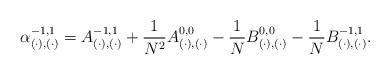
LaTeX: \begin{align*}\alpha_{( \cdot), (\cdot)}^{-1,1} = A_{( \cdot), (\cdot)}^{-1,1}+ \frac{1}{N^2} A_{(\cdot), (\cdot)}^{0,0}- \frac{1}{N} B_{(\cdot), (\cdot)}^{0,0}- \frac{1}{N} B_{(\cdot), (\cdot)}^{-1,1}.\end{align*}